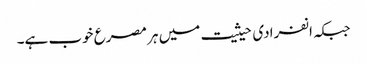
جبکہ انفرادی حیثیت میں ہر مصرع خوب ہے۔